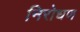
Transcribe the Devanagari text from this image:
निरोधण